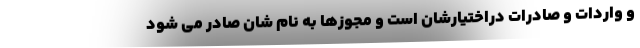
و واردات و صادرات دراختیارشان است و مجوزها به نام شان صادر می شود